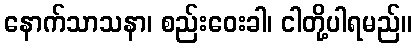
နောက်သာသနာ၊ စည်းဝေးခါ၊ ငါတို့ပါရမည်။